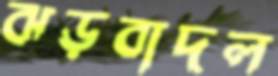
ঝড়বাদল